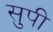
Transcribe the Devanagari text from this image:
सुपी